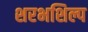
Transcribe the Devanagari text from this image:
शरभशिल्प